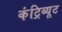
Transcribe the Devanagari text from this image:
कंट्रिब्यूट